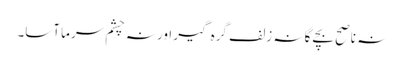
نہ ناصح بچے گا نہ زلف گرہ گیر اور نہ چشم سرما آسا۔